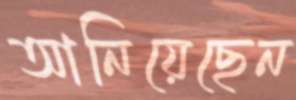
আনিয়েছেন